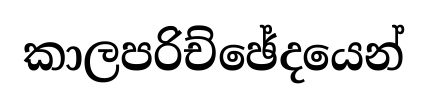
කාලපරිච්ඡේදයෙන්